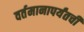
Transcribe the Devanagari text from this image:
वर्तमानापर्यंतची